Vital statistics of India. Vol. IV, Annual returns from 1871 to 1876. British Army of India, Native Army and jails of Bengal
Year: 1871
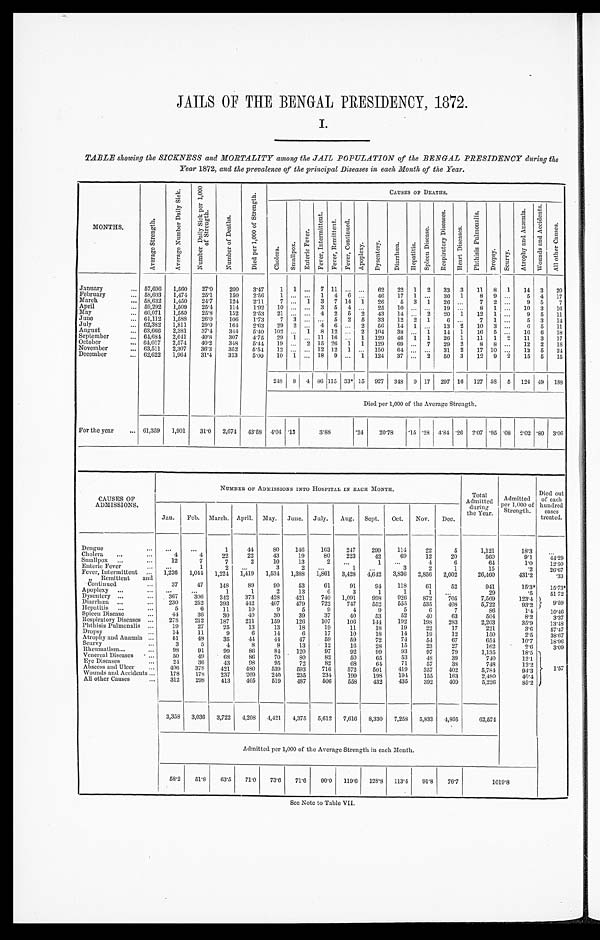
JAILS OF THE BENGAL PRESIDENCY, 1872.
I.
TABLE showing the SICKNESS and MORTALITY among the JAIL POPULATION of the BENGAL PRESIDENCY during the
Year 1872, and the prevalence of the principal Diseases in each Month of the Year.
MONTHS.
A v e r a g e S t r e n g t h .
A v e r a g e N u m b e r D a i l y S i c k .
N u m b e r D a i l y S i c k p e r 1 , 0 0 0 o f S t r e n g t h .
N u m b e r o f D e a t h s .
D i e d p e r 1 , 0 0 0 o f S t r e n g t h .
C A U S E S O F D E A T H S .
C h o l e r a .
S m a l l p o x .
E n t e r i c F e v e r .
F e v e r , I n t e r m i t t e n t .
F e v e r , R e m i t t e n t . F e v e r , C o n t i n u e d .
A p o p l e x y .
D y s e n t e r y .
D i a r r h œ a . H e p a t i t i s .
S p l e e n D i s e a s e .
R e s p i r a t o r y D i s e a s e s .
H e a r t D i s e a s e s .
P h t h i s i s P u l m o n a l i s .
D r o p s y . S c u r v y .
A t r o p h y a n d A n æ m i a .
W o u n d s a n d A c c i d e n t s .
A l l o t h e r s C a u s e s .
January . . .
57,696 1,560 27.0 200 3.47 1 1 . . . 7 11 . . . . . . 62 22 1 2 33 3 11 8 1 14 3 20
February . . .
58,603 1,474 25.1 150 2.56 1 . . . . . . 1 4 6 . . . 46 17 1 . . . 30 1 8 9 . . . 5 4 17
March . . .
58,632 1,450 24.7 124 2.11 7 . . . 1 3 7 14 1 26 5 3 1 26 . . . 7 2 . . . 9 5 7
April . . .
59,292 1,509 25.4 114 1.92 10 . . . . . . 3 5 4 . . . 25 10 . . . . . . 19 . . . 8 1 . . . 10 3 16
May . . .
60,071 1,550 25.8 152 2.53 21 . . . . . . 4 2 5 2 43 14 . . . 2 20 1 12 1 . . . 9 5 11
June . . .
61,112 1,588 26.0 106 1.73 7 3 . . . . . . 5 2 5 33 12 2 1 6 . . . 7 1 . . .
5 3
1 4
July . . .
62,382 1,811 29.0 164 2.63 29 2 . . . 4 6 . . . 2 56 14 1 . . . 13 2 10 3 . . .
6 5 11
August . . .
63,666 2,381 37.4 344 5.40 102 . . . 1 8 12 . . . 2 104 38 . . . 1 14 1 16 5 . . . 16 6 18
September . . . 64,684 2,641 40.8 307 4.75 29 1 . . . 11 16 . . . 1 129 46 1 1 26 1 11 1 2 11 3 17
October . . .
64,017 2,574 40.2 348 5.44 19 . . . 2 15 26 1 1 129 69 . . . 7 29 2 8 8 . . . 12 2 18
November . . .
63,511 2,307 36.3 352 5.54 12 . . . . . . 12 12 1 . . . 150
6 4 . . . . . . 31 2 17 10 . . .
. . . 12 5 24
December . . .
62,622 1,964 31.4 313 5.00 10 1 . . . 18 9 . . . 1 124 37 . . . 2 50 3 12 9 2
15 5 15
248 8 4 86 115 33* 15 927 348 9 17 297 16 127 58 5 124 49 188
Died per 1,000 of the Average Strength.
For the year . . . 61,359 1,901 31.0 2,674 43.58 4.04 .13
3.88
.24 20. 78
.15 .28 4.84 .26 2.07 .95 .08 2.02 .80 3.06
CAUSES OF
ADMISSIONS.
NUMBER OF ADMISSIONS INTO HOSPITAL IN EACH MONTH.
Total
Admitted during
the Year.
Admitted
per 1,000 of
Strength.
Died out
of each
hundred
cases
treated.
Jan. Feb. March. April. May. June. July. Aug. Sept. Oct. Nov. Dec.
Dengue . . .
. . .
. . .
1
44 80 146 163 247 299 114
22
5
1,121
18.3
. . .
Cholera . . .
4
4
22
22
43
19
80 223
42
69 12
20
560
9.1
44. 29
Smallpox . . .
12
7
7
2
10
13
2
. . .
1
. . .
4
6
64
1.0
12. 50
Enteric Fever . . .
. . .
1
2
. . .
3
2
. . .
1
. . . 3
2
1
15
.2 26. 67
Fever, Intermittent . . . 1,226 1,044 1,224 1,419 1,534 1,388 1,861 3,428 4,642 3,836 2, 856 2,002
26,460
431.2
.33
" Remittent and
Continued . . .
37
47 148 89
90
53
61
91
94 118
61
52
941
15.3* 15. 73*
Apoplexy . . .
. . .
. . .
1
1
2
13
6
3
1
1
1
. . .
29
.5
51.72
Dysentery . . .
367 306 342 373 428 421 740 1,091 998 926 872 705
7,569
123.4
9 . 5 9
Diarrhœa . . .
230 252 393 442 407 479 722 747 552 555 535 408
5,722
93.2
Hepatitis . . .
5
6
11
10
9
5
9
4
9
5
6
7
86
1.4 10. 46
Spleen Disease . . .
44 36
30 40
30
39
37
40
53
52
40
63
504
8.2
3. 37
Respiratory Diseases . . . 278 212 187 211 159 126 107 106 144 192 198 283
2,203
35.9 13. 48
Phthisis Pulmonalis . . .
19
27
25
13
13
18
19
11
18
19
22
17
221
3.6 57. 47
Dropsy . . .
14
11
9
6
14
6
17
10
18
14 19
12
150
2.5 38. 67
Atrophy and Anæmia . . . 51
48
35
44
4 4 47
59
59
72
74 54
67
654
10.7 18. 96
Scurvy . . .
3
5
4
8
8
13
12
16
28
15
23
27
162
2.6
3. 09
Rheumatism . . .
9 8 91
99
86 84 120
97
92 99
93
97
79
1,135
18.5
1 . 5 7
Venereal Diseases . . .
50
49
68
86
70
80
82
50
65
53
48
39
740
12.1
Eye Diseases . . .
24
36 43
98
95
72 82
68 64 71
57
38
748
12.2
Abscess and Ulcer . . . 406 378 421 480 539 593 716 572 501 419 357 402
5,784
94.3
Wounds and Accidents . . . 178 178 237 269 240 235 234 199 198 194 155 163
2,480
40.4
All other Causes . . .
312 298 413 465 519 487 506 558 432 435 392 409
5,226
85.2
3,358 3,036 3,722 4,208 4,421 4,375 5,612 7,616 8,330 7,258 5,833
4 , 8 0 5
62,574
Admitted per 1,000 of the Average Strength in each Month.
58.2 51.8 63.5 71.0 73.6 71.6 90.0 119.6 128.8 113.4 91.8 76.7
1 0 1 9 . 8
See Note to Table VII.